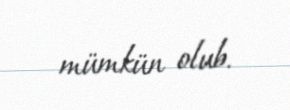
mümkün olub.